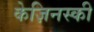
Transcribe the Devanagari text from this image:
केज़िनस्की